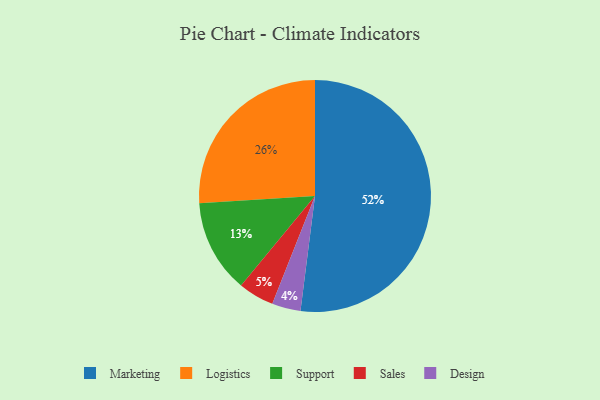
{"axis": {"x": "Category", "y": "Percentage"}, "legend": ["Design", "Logistics", "Marketing", "Sales", "Support"], "data": [{"x": "Logistics", "y": 26, "type": "Logistics"}, {"x": "Marketing", "y": 52, "type": "Marketing"}, {"x": "Sales", "y": 5, "type": "Sales"}, {"x": "Design", "y": 4, "type": "Design"}, {"x": "Support", "y": 13, "type": "Support"}]}